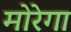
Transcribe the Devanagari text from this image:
मोरेगा